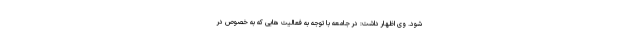
شود. وی اظهار داشت: در جامعه با توجه به فعالیت هایی که به خصوص در